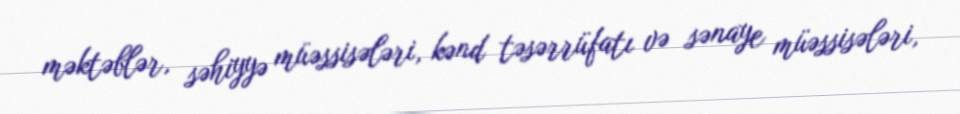
məktəblər, səhiyyə müəssisələri, kənd təsərrüfatı və sənaye müəssisələri,